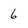
Character: 6